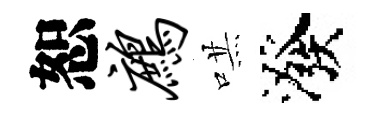
恕鹧哄潑